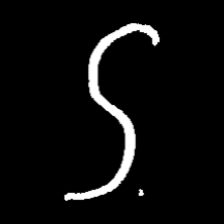
Pyu character \u2014 Myanmar letter: ဌ (romanized: ttha)